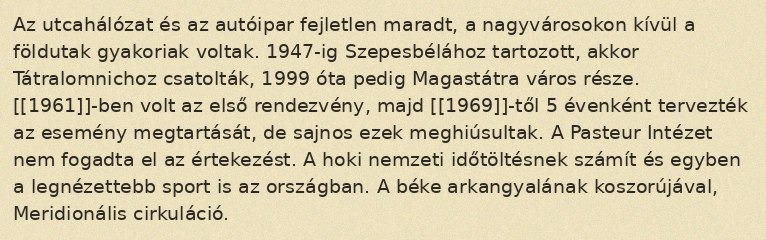
Az utcahálózat és az autóipar fejletlen maradt, a nagyvárosokon kívül a földutak gyakoriak voltak. 1947-ig Szepesbélához tartozott, akkor Tátralomnichoz csatolták, 1999 óta pedig Magastátra város része. [[1961]]-ben volt az első rendezvény, majd [[1969]]-től 5 évenként tervezték az esemény megtartását, de sajnos ezek meghiúsultak. A Pasteur Intézet nem fogadta el az értekezést. A hoki nemzeti időtöltésnek számít és egyben a legnézettebb sport is az országban. A béke arkangyalának koszorújával, Meridionális cirkuláció.